Annual report of the Imperial Bacteriologist
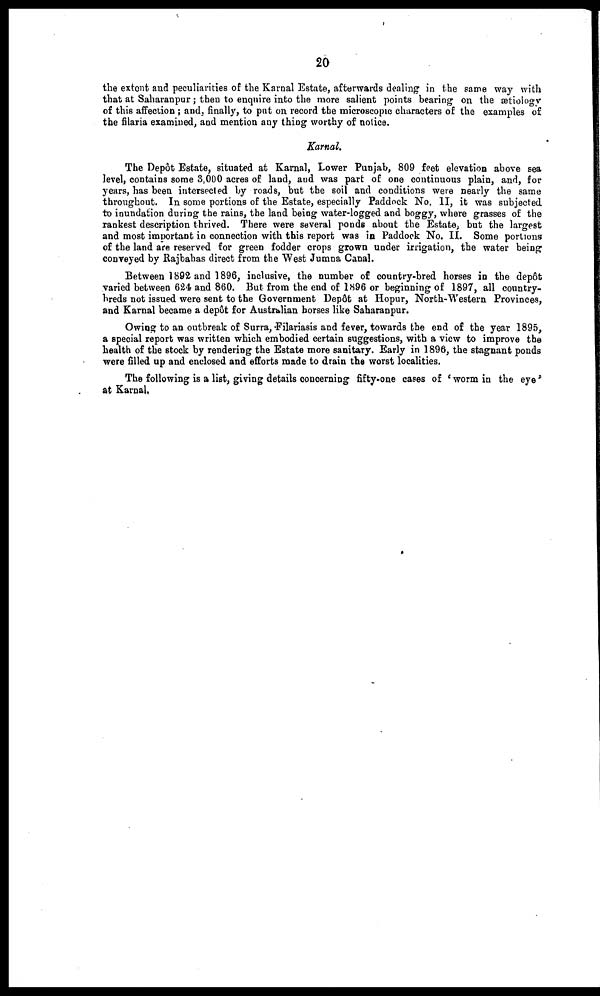
20
the extent and peculiarities of the Karnal Estate, afterwards dealing in the same way with
that at Saharanpur; then to enquire into the more salient points bearing on the ætiology
of this affection ; and, finally, to put on record the microscopic characters of the examples of
the filaria examined, and mention any thing worthy of notice.
Karnal.
The Depôt Estate, situated at Karnal, Lower Punjab, 809 feet elevation above sea
level, contains some 3,000 acres of land, and was part of one continuous plain, and, for
years, has been intersected by roads, but the soil and conditions were nearly the same
throughout. In some portions of the Estate, especially Paddock No. II, it was subjected
to inundation during the rains, the land being water-logged and boggy, where grasses of the
rankest description thrived. There were several ponds about the Estate, but the largest
and most important in connection with this report was in Paddock No. II. Some portions
of the land are reserved for green fodder crops grown under irrigation, the water being
conveyed by Rajbahas direct from the West Jumna Canal.
Between 1892 and 1896, inclusive, the number of country-bred horses in the depôt
varied between 624 and 860. But from the end of 1896 or beginning of 1897, all country-
breds not issued were sent to the Government Depôt at Hopur, North-Western Provinces,
and Karnal became a depôt for Australian horses like Saharanpur.
Owing to an outbreak of Surra, Filariasis and fever, towards the end of the year 1895,
a special report was written which embodied certain suggestions, with a view to improve the
health of the stock by rendering the Estate more sanitary. Early in 1896, the stagnant ponds
were filled up and enclosed and efforts made to drain the worst localities.
The following is a list, giving details concerning fifty-one cases of ' worm in the eye
at Karnal.